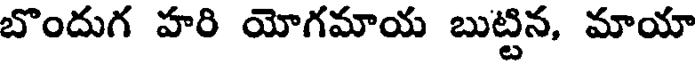
బొందుగ హరి యోగమాయ బుట్టిన, మాయా